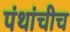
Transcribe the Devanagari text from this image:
पंथांचीच